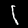
Label: 1